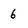
Character: 6